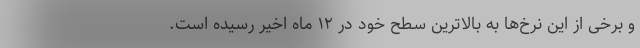
و برخی از این نرخ‌ها به بالاترین سطح خود در ۱۲ ماه اخیر رسیده است.